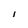
Character: l